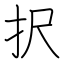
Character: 択